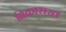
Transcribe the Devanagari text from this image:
विकासरत